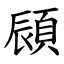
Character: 䫃